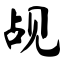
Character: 觇